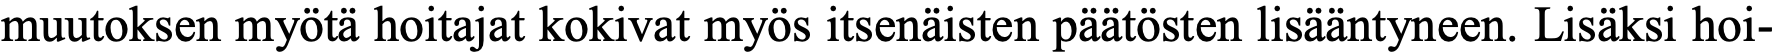
muutoksen myötä hoitajat kokivat myös itsenäisten päätösten lisääntyneen. Lisäksi hoi-